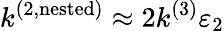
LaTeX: k^{(2,\mathrm{nested})}\approx 2k^{(3)}\varepsilon_{2}